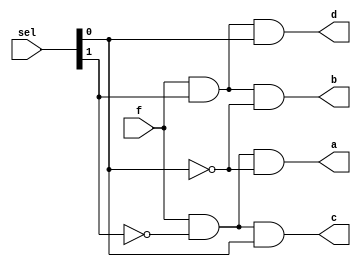
module demux_1x4 (input f,
						input [1:0] sel,
						
						output reg a, b, c, d);
			  
always @ (f or sel) begin
	
	a = f & ~sel[1] & ~sel[0];
	b = f &  sel[1] & ~sel[0];
	c = f & ~sel[1] &  sel[0];
	d = f &  sel[1] &  sel[0];

end

endmodule